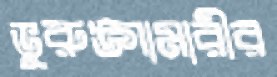
ভুরুঙ্গামারীর